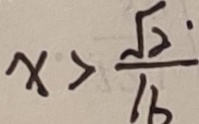
x > \frac { \sqrt { 2 } } { 1 6 }